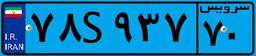
۴۳S۱۶۰۳۳